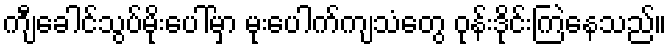
ကျီခေါင်သွပ်မိုးပေါ်မှာ မုးပေါက်ကျသံတွေ ဝုန်းဒိုင်းကြဲနေသည်။